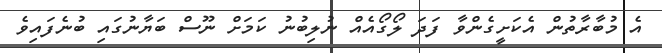
އެ މުބާރާތުން އެކަށީގެންވާ ފަދަ ލޯގޯއެއް ނުލިބުނު ކަމަށް ނޫސް ބަޔާނުގައި ބުނެފައިވެ